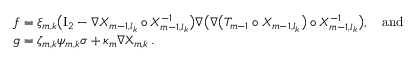
\begin{array} { r l } & { f = \xi _ { m , k } \bigl ( \ensuremath { \mathrm { I } _ { 2 } } - \nabla X _ { m - 1 , l _ { k } } \circ X _ { m - 1 , l _ { k } } ^ { - 1 } \bigr ) \nabla \bigl ( \nabla \bigl ( T _ { m - 1 } \circ X _ { m - 1 , l _ { k } } \bigr ) \circ X _ { m - 1 , l _ { k } } ^ { - 1 } \bigr ) , \quad \mathrm { a n d } } \\ & { g = \zeta _ { m , k } { \psi } _ { m , k } \sigma + \kappa _ { m } \nabla { \Chi } _ { m , k } \, . } \end{array}